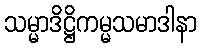
သမ္မာဒိဋ္ဌိကမ္မသမာဒါနာ